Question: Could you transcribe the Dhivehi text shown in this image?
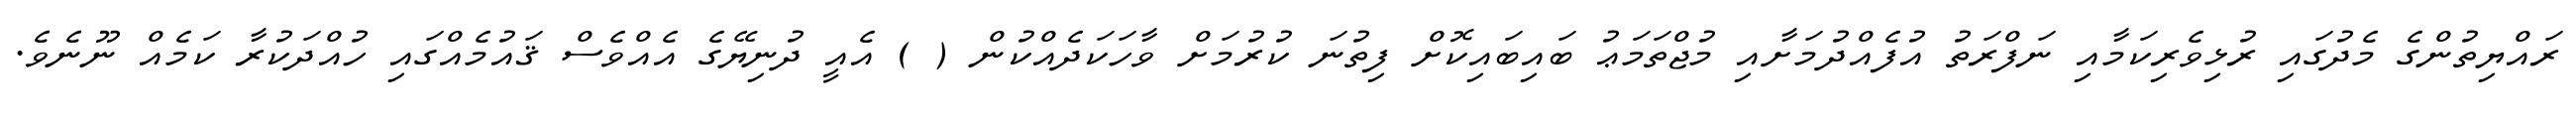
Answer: ރައްޔިތުންގެ މެދުގައި ރުޅިވެރިކަމާއި ނަފްރަތު އުފެއްދުމަށާއި މުޖްތަމަޢު ބައިބައިކޮށް ފިތުނަ ކުރުމަށް ވާހަކަދެއްކުން ( ) އެއީ ދުނިޔޭގެ އެއްވެސް ޤައުމެއްގައި ހުއްދަކުރާ ކަމެއް ނޫނެވެ.